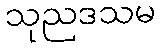
သုညဒသမ